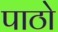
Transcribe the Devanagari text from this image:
पाठो